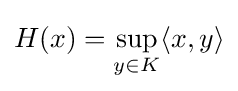
H(x)=\sup _{y\in K}\langle x,y\rangle